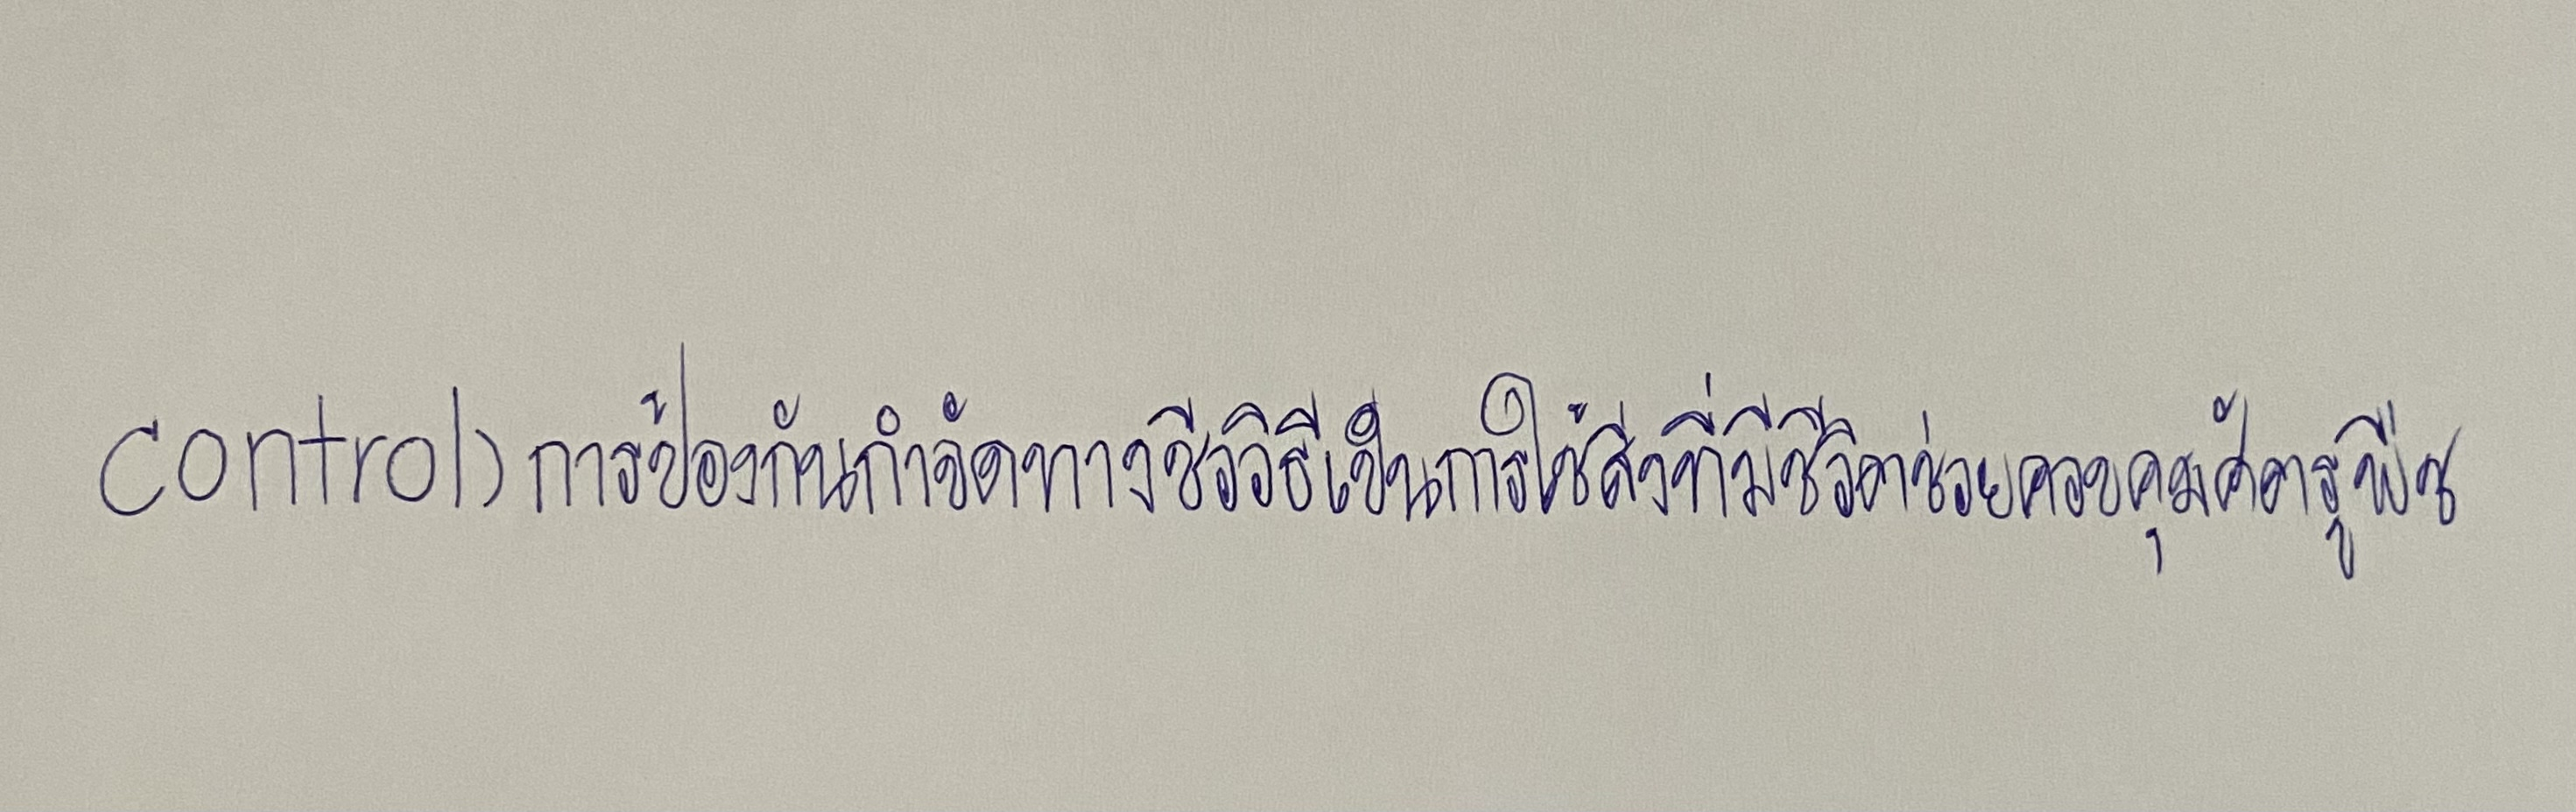
control)การป้องกันกำจัดทางชีววิธีเป็นการใช้สิ่งที่มีชีวิตช่วยควบคุมศัตรูพืช